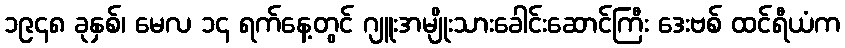
၁၉၄၈ ခုနှစ်၊ မေလ ၁၄ ရက်နေ့တွင် ဂျူးအမျိုးသားခေါင်းဆောင်ကြီး ဒေးဗစ် ထင်ရီယံက